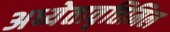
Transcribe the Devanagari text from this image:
अध्येतावृत्तिमिल